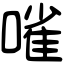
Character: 𠻘